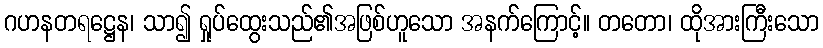
ဂဟနတရဋ္ဌေန၊ သာ၍ ရှုပ်ထွေးသည်၏အဖြစ်ဟူသော အနက်ကြောင့်။ တတော၊ ထိုအားကြီးသော